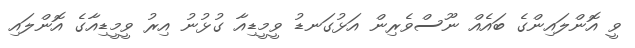
ވީ އޮންލައިންގެ ބައެއް ނޫސްވެރިން އަޅުގަނޑު ވީމީޑިއާ ގުޅުނު އިރު ވީމީޑިއާގެ އޮންލައި